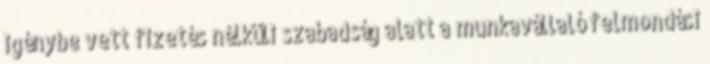
igénybe vett fizetés nélküli szabadság alatt a munkavállaló felmondási